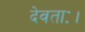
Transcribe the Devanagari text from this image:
देवताः।